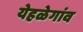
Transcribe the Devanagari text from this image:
येहळेगांव